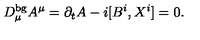
D _ { \mu } ^ { \mathrm { b g } } A ^ { \mu } = \partial _ { t } A - i [ B ^ { i } , X ^ { i } ] = 0 .